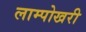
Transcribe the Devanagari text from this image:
लाम्पोखरी